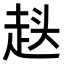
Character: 𮚷